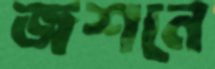
জশনে